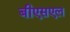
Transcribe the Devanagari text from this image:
बीएसएल